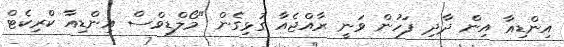
އިންޑިއާ އިން ދާދި ފަހުން ވަނީ ރާއްޖެއާ ގުޅިގެން "މޯލްޑިވްސް އިންޑިއާ ކްރިކެޓް